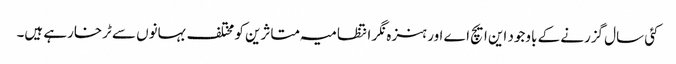
کئی سال گزرنے کے باوجود این ایچ اے اور ہنزہ نگر انتظامیہ متاثرین کو مختلف بہانوں سے ٹرخارہے ہیں۔